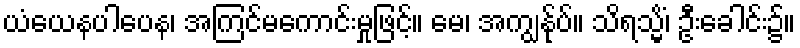
ယံယေနပါပေန၊ အကြင်မကောင်းမှုဖြင့်။ မေ၊ အကျွန်ုပ်။ သိရသ္မိံ၊ ဦးခေါင်း၌။